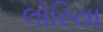
લોરિયા